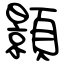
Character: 顥